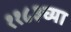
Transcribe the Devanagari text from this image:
११८३च्या